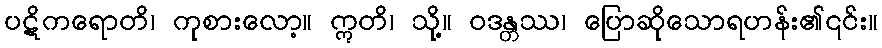
ပဋိကရောတိ၊ ကုစားလော့။ ဣတိ၊ သို့။ ဝဒန္တဿ၊ ပြောဆိုသောရဟန်း၏၎င်း။